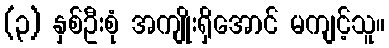
(၃) နှစ်ဦးစုံ အကျိုးရှိအောင် မကျင့်သူ။